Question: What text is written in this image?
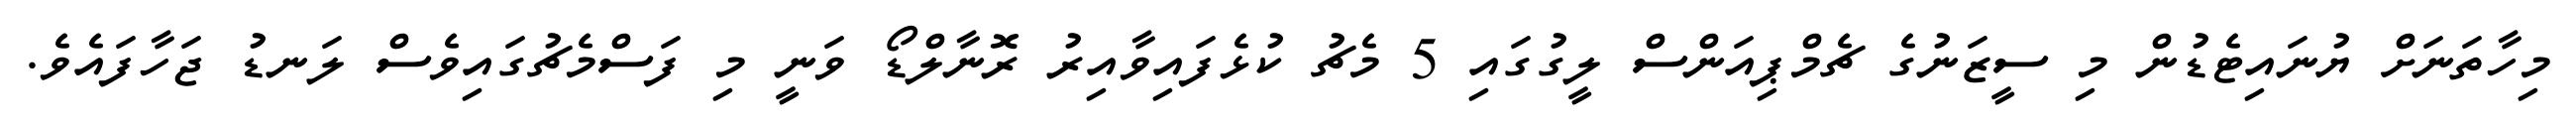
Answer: މިހާތަނަށް ޔުނައިޓެޑުން މި ސީޒަނުގެ ޗެމްޕިއަންސް ލީގުގައި 5 މެޗު ކުޅެފައިވާއިރު ރޮނާލްޑޯ ވަނީ މި ފަސްމެޗުގައިވެސް ލަނޑު ޖަހާފައެވެ.